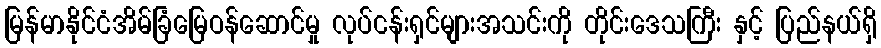
မြန်မာနိုင်ငံအိမ်ခြံမြေဝန်ဆောင်မှု လုပ်ငန်းရှင်များအသင်းကို တိုင်းဒေသကြီး နှင့် ပြည်နယ်ရှိ